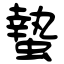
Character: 蟄